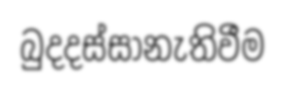
බුදදස්සානැතිවීම